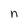
Character: n